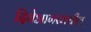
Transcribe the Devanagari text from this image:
दिवेआगरमधील